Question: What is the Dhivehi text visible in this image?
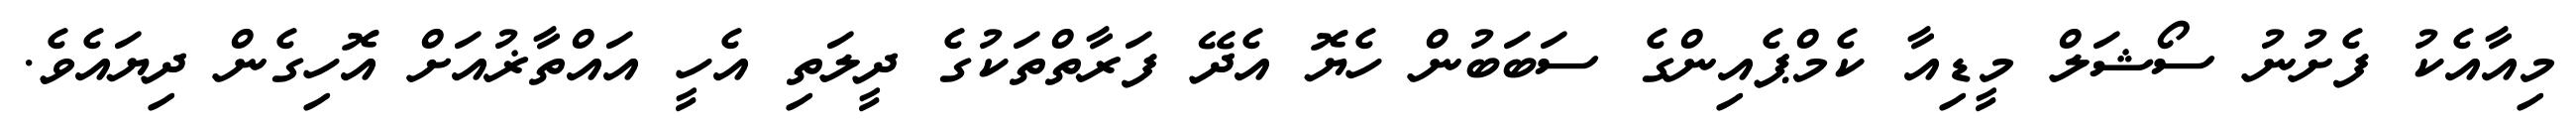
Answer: މިއާއެކު ފެށުނު ސޯޝަލް މީޑިއާ ކެމްޕެއިންގެ ސަބަބުން ހެޔޮ އެދޭ ފަރާތްތަކުގެ ދީލަތި އެހީ އައްތާޜުއަށް އޮހިގެން ދިޔައެވެ.